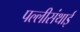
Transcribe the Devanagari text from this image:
पल्‍लीसंथाई